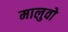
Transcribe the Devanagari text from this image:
मालुवो